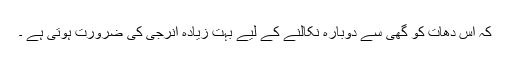
کہ اس دھات کو گھی سے دوبارہ نکالنے کے لیے بہت زیادہ انرجی کی ضرورت ہوتی ہے ۔